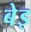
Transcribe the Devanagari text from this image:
बेइ